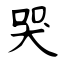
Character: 哭